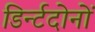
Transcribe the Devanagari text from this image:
डिर्न्टदोनों